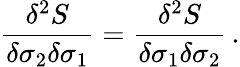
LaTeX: {\frac{\delta^{2}S}{\delta\sigma_{2}\delta\sigma_{1}}}={\frac{\delta^{2}S}{\delta\sigma_{1}\delta\sigma_{2}}}\, .